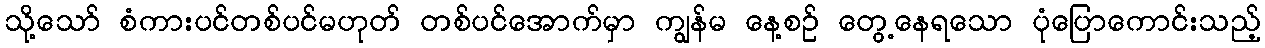
သို့သော် စံကားပင်တစ်ပင်မဟုတ် တစ်ပင်အောက်မှာ ကျွန်မ နေ့စဉ် တွေ့နေရသော ပုံပြောကောင်းသည့်